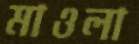
মাওলা